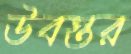
উবস্তর